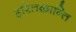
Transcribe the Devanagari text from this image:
हरितक्रान्ति